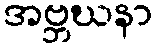
အဗ္ဘဃနာ